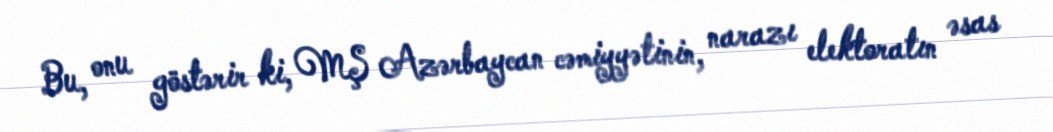
Bu, onu göstərir ki, MŞ Azərbaycan cəmiyyətinin, narazı elektoratın əsas